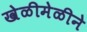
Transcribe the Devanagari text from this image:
खेळीमेळीने